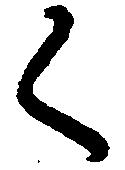
く